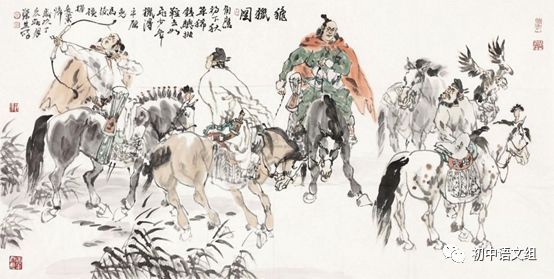
天下殆哉，岌岌乎。